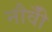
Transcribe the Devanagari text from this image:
नौवीँ